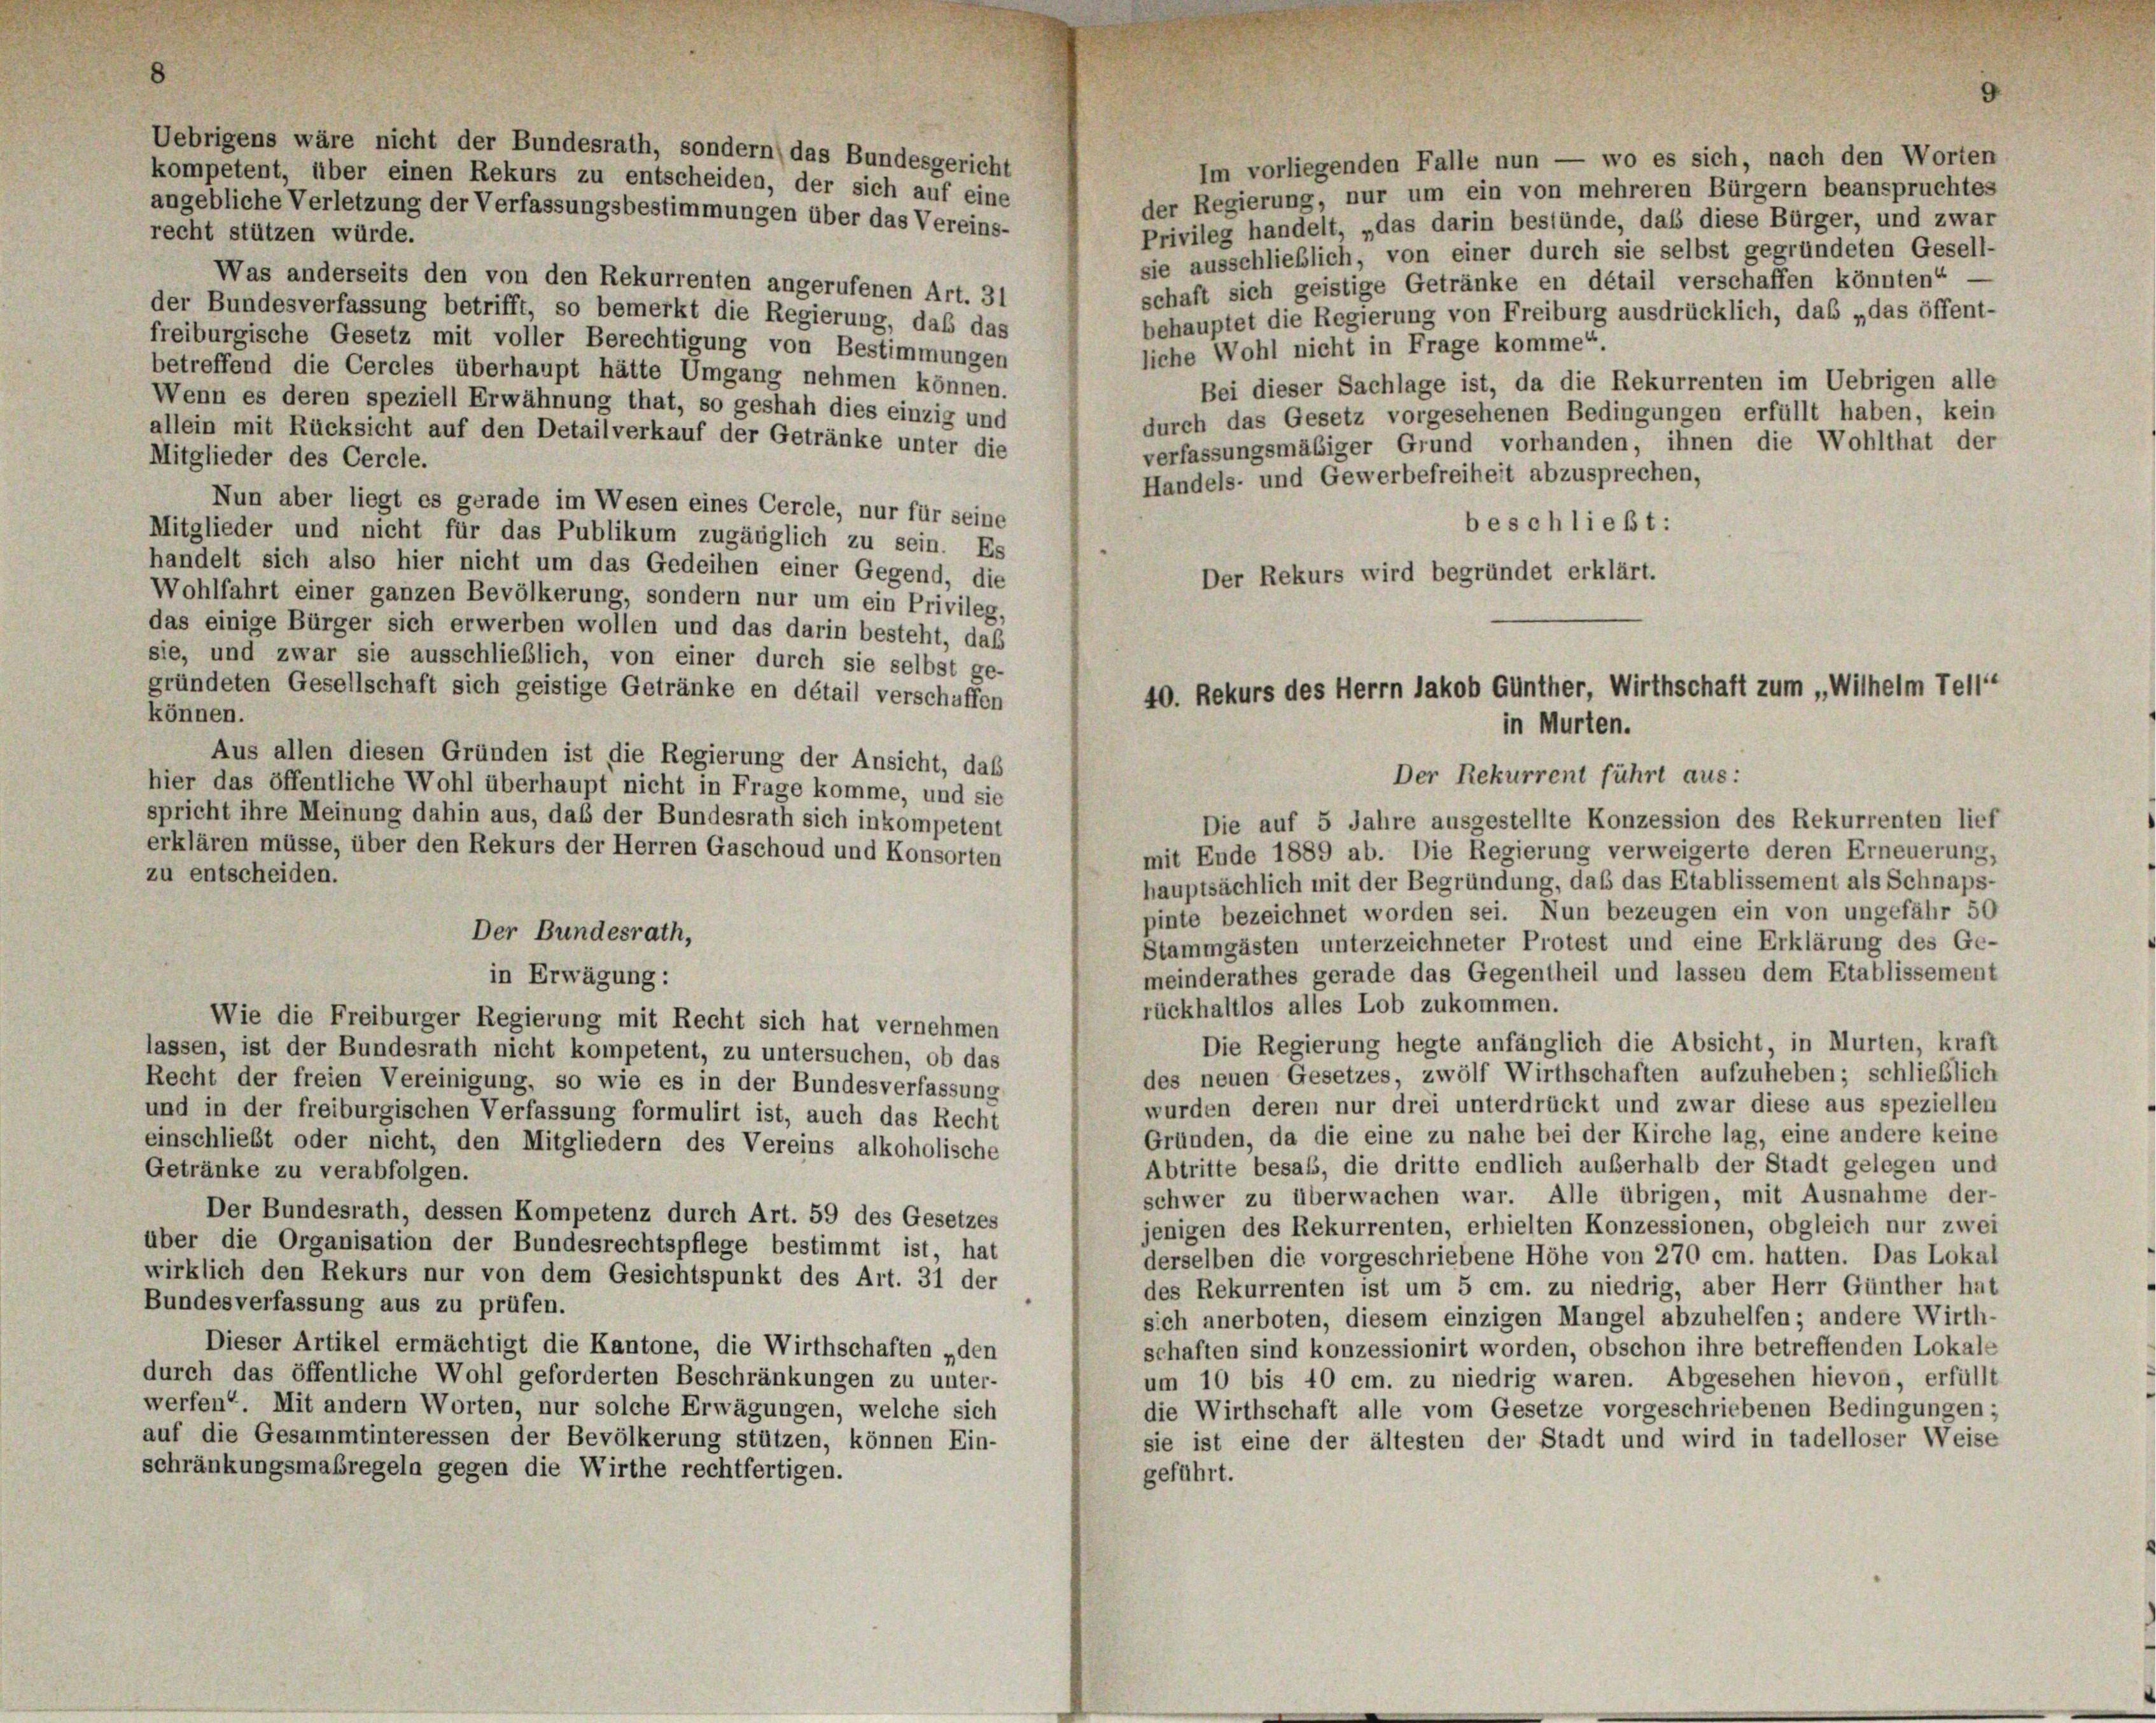
Im vorliegenden Falle nun — wo es sich, nach den Worten
der Regierung, nur um ein von mehreren Bürgern beanspruchtes
Privileg handelt, „das darin bestünde, das diese Bürger, und zwar
recht stützen würde.
sie ausschließlich, von einer durch sie selbst gegründeten Gesell-
Was anderseits den von den Rekurrenten angerufenen Art. 31
schaft sich geistige Getränke en détail verschaffen könnten“
der Bundesverfassung betrifft, so bemerkt die Regierung, daß das
behauptet die Regierung von Freiburg ausdrücklich, das „das öffent-
freiburgische Gesetz mit voller Berechtigung von Bestimmungen
liche Wohl nicht in Frage komme“.
betreffend die Cercles überhaupt hätte Umgang nehmen können.
Bei dieser Sachlage ist, da die Rekurrenten im Uebrigen alle
Wenn es deren speziell Erwähnung that, so geshah dies einzig und
durch das Gesetz vorgesehenen Bedingungen erfüllt haben, kein
allein mit Rücksicht auf den Detailverkauf der Getränke unter die
verfassungsmäßiger Grund vorhanden, ihnen die Wohlthat der
Mitglieder des Cercle.
Handels- und Gewerbefreiheit abzusprechen,
Nun aber liegt es gerade im Wesen eines Cercle, nur für seine
beschließt:
Mitglieder und nicht für das Publikum zugänglich zu sein. Es
handelt sich also hier nicht um das Gedeihen einer Gegend, die
Der Rekurs wird begründet erklärt.
Wohlfahrt einer ganzen Bevölkerung, sondern nur um ein Privileg,
das einige Bürger sich erwerben wollen und das darin besteht, das
sie, und zwar sie ausschließlich, von einer durch sie selbst ge-
gründeten Gesellschaft sich geistige Getränke en détail verschaffen
können.
Aus allen diesen Gründen ist die Regierung der Ansicht, das
hier das öffentliche Wohl überhaupt nicht in Frage komme, und sie
spricht ihre Meinung dahin aus, daß der Bundesrath sich inkompetent
erklären müsse, über den Rekurs der Herren Gaschoud und Konsorten
mit Ende 1889 ab. Die Regierung verweigerte deren Erneuerung,
zu entscheiden.
hauptsächlich mit der Begründung, daß das Etablissement als Schnaps-
pinte bezeichnet worden sei. Nun bezeugen ein von ungefähr 50
Der Bundesrath,
Stammgästen unterzeichneter Protest und eine Erklärung des Ge-
meinderathes gerade das Gegentheil und lassen dem Etablissement
in Erwägung:
rückhaltlos alles Lob zukommen.
Wie die Freiburger Regierung mit Recht sich hat vernehmen
Die Regierung hegte anfänglich die Absicht, in Murten, kraft
lassen, ist der Bundesrath nicht kompetent, zu untersuchen, ob das
des neuen Gesetzes, zwölf Wirthschaften aufzuheben; schließlich
Recht der freien Vereinigung, so wie es in der Bundesverfassung
wurden deren nur drei unterdrückt und zwar diese aus speziellen
und in der freiburgischen Verfassung formulirt ist, auch das Recht
Gründen, da die eine zu nahe bei der Kirche lag, eine andere keine
einschließt oder nicht, den Mitgliedern des Vereins alkoholische
Abtritte besass, die dritte endlich außerhalb der Stadt gelegen und
Getränke zu verabfolgen.
schwer zu überwachen war. Alle übrigen, mit Ausnahme der-
Der Bundesrath, dessen Kompetenz durch Art. 59 des Gesetzes
jenigen des Rekurrenten, erhielten Konzessionen, obgleich nur zwei
über die Organisation der Bundesrechtspflege bestimmt ist, hat
derselben die vorgeschriebene Höhe von 270 cm. hatten. Das Lokal
wirklich den Rekurs nur von dem Gesichtspunkt des Art. 31 der
des Rekurrenten ist um 5 cm. zu niedrig, aber Herr Günther hat
Bundesverfassung aus zu prüfen.
sich anerboten, diesem einzigen Mangel abzuhelfen; andere Wirth-
Dieser Artikel ermächtigt die Kantone, die Wirthschaften „den
schaften sind konzessionirt worden, obschon ihre betreffenden Lokale
durch das öffentliche Wohl geforderten Beschränkungen zu unter-
um 10 bis 40 cm. zu niedrig waren. Abgesehen hievon, erfüllt
werfen. Mit andern Worten, nur solche Erwägungen, welche sich
die Wirthschaft alle vom Gesetze vorgeschriebenen Bedingungen;
auf die Gesammtinteressen der Bevölkerung stützen, können Ein-
sie ist eine der ältesten der Stadt und wird in tadelloser Weise
schränkungsmaßregeln gegen die Wirthe rechtfertigen.
geführt.

Uebrigens wäre nicht der Bundesrath, sondern) das Bundesgericht
kompetent, über einen Rekurs zu entscheiden, der sich auf eine
angebliche Verletzung der Verfassungsbestimmungen über das Vereins-

40. Rekurs des Herrn Jakob Günther, Wirthschaft zum „Wilhelm Tell
in Murten.
Der Rekurrent führt aus:
Die auf 5 Jahre ausgestellte Konzession des Rekurrenten lief